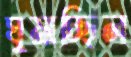
ঘুমাচ্ছিল